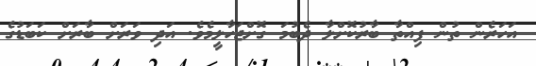
އަހަރެން ތުން ފިއްތާ ބާރުކޮށްލާ ދެބުމަ ގޮށްޖަހާލީމެވެ. އަދި ވަރަށް ބާރަށް ކަބަޑުގެ